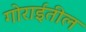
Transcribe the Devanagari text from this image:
गोराईतील